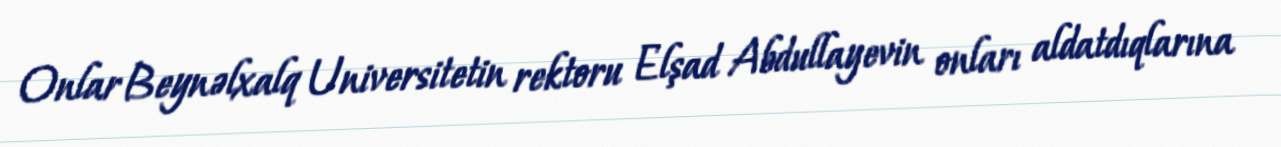
Onlar Beynəlxalq Universitetin rektoru Elşad Abdullayevin onları aldatdıqlarına